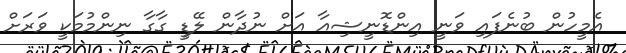
އެމީހުން ބުނެފައި ވަނީ އިންޑޮނީޝިއާ އަށް ނުދާން ލޭޑީ ގާގާ ނިންމުމަކީ ވަރަށް